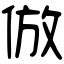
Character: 倣